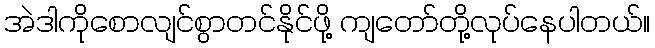
အဲဒါကိုစောလျင်စွာတင်နိုင်ဖို့ ကျတော်တို့လုပ်နေပါတယ်။